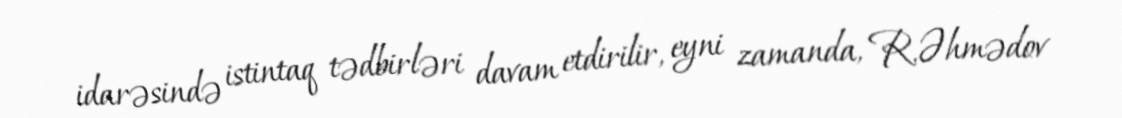
idarəsində istintaq tədbirləri davam etdirilir, eyni zamanda, R.Əhmədov